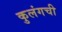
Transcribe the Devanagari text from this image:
कुलंगची